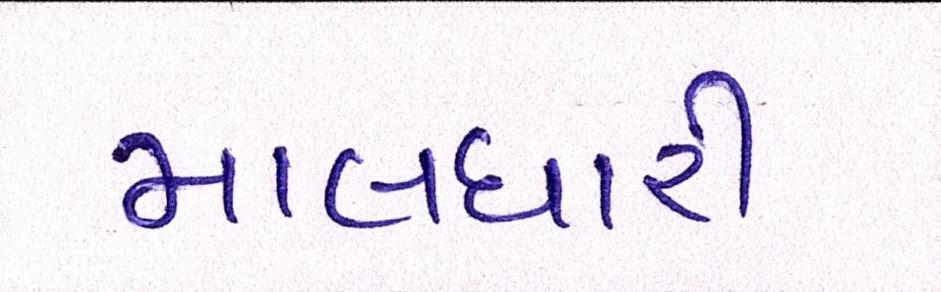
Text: માલધારી